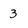
Character: 3